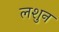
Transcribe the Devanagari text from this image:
लशुन